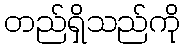
တည်ရှိသည်ကို